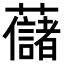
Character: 𧄔